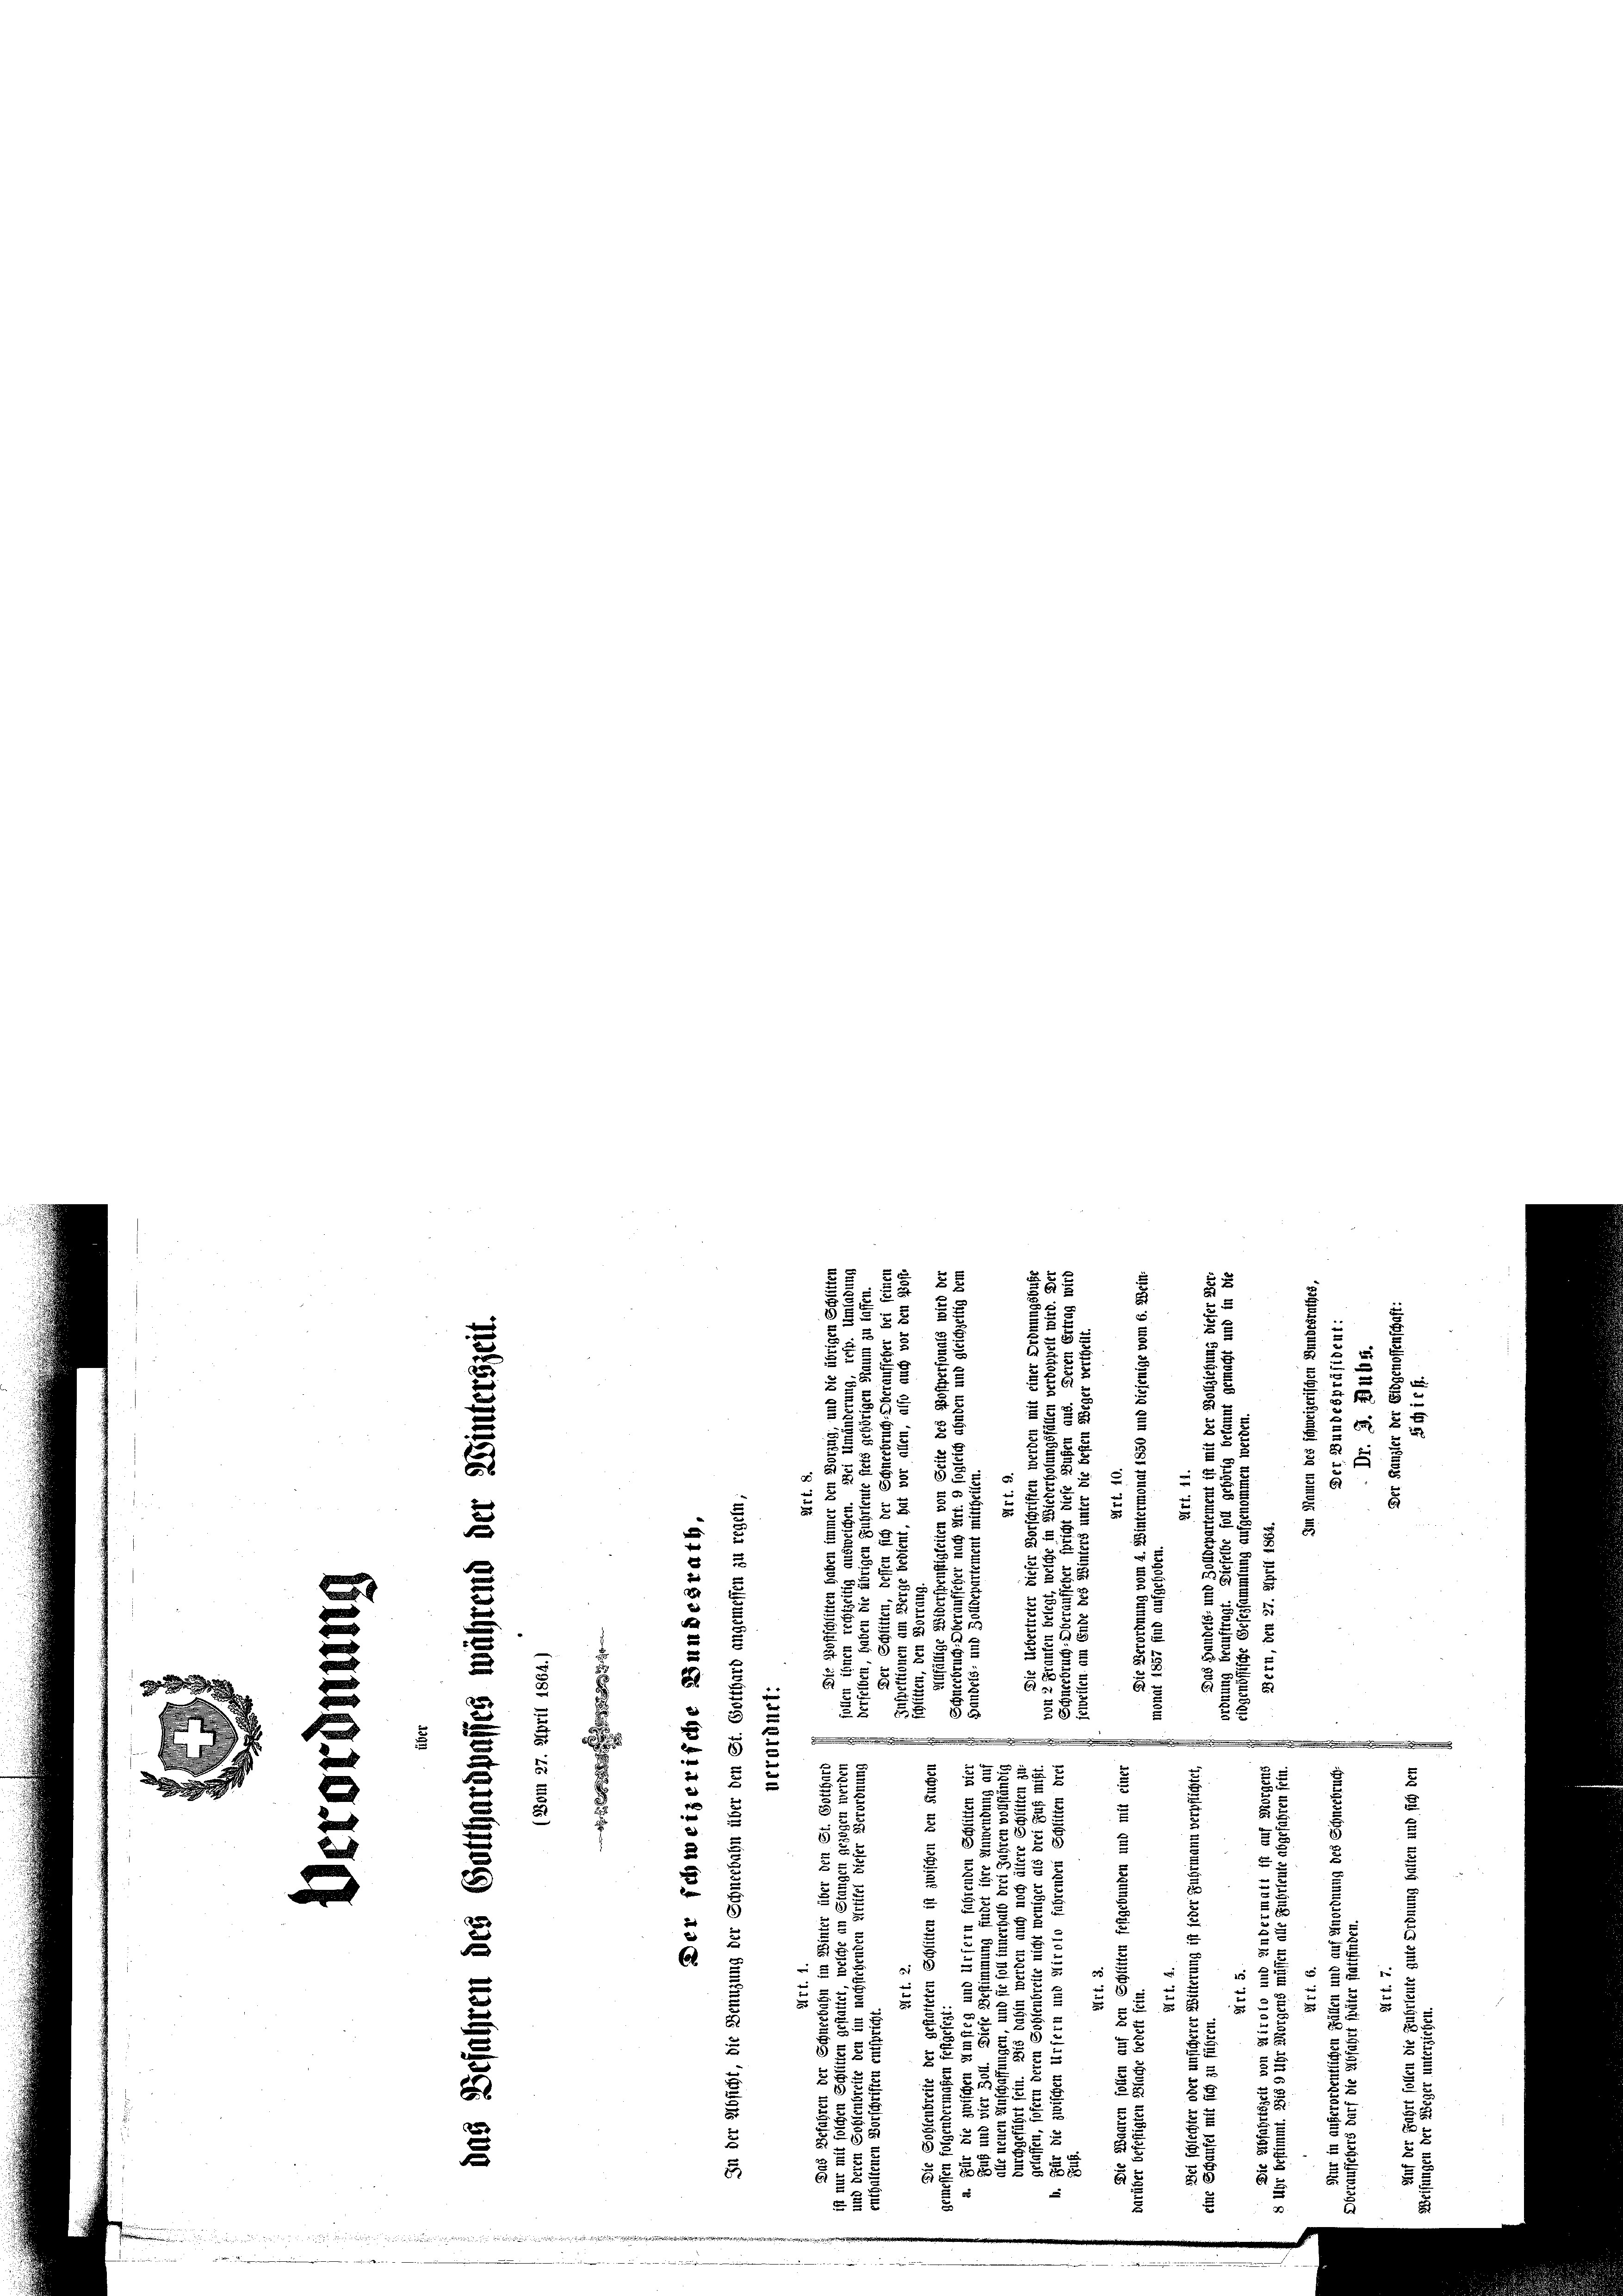
g

e
2

52
2

2
u
u
2
x
2
5
 N 5
u
§588
2
 0 x
2
2
d
52
s
x
2 xx
85
e
2 x
6
e
 xx

2
u
u

2
8
e
5
88
f
2
E
2
i
5
.
u
e

5
§8
5
85
5
x
5.
5 xx
.

5
e
r

e
5
u
2
u
E
3
22
2
6
.
3
e
2

2
 588
8
u
82
5
2
d
.
.
.
.

e
8
.

e

2
u
2
2
u

2
e
u
u
e
8
7
¬
85.
u
8
3
5
x
.
x
2
2
6

u x
u
e
u
u
x
u
u
2
A
.
8
u.
 2

d
25
5

5
18
:

2
5
.
5

u
 f 0 x
x
u
5
u
225
§ 55 x
2
5 x
5
2
5 x
d
5
6
 xx
x
u
2
288
 0 f 30 x
2
3
d
3
BG § 88 u
 2 x
.
e
e
2
u
u
2
iarin einen

5
e
1
d
 5 x

2

¬
u